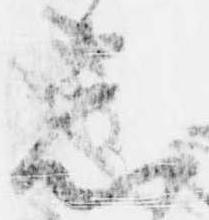
忩